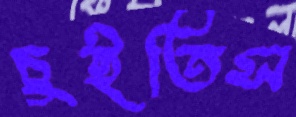
চুইতিস